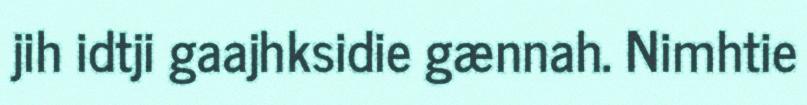
jih idtji gaajhksidie gænnah. Nimhtie